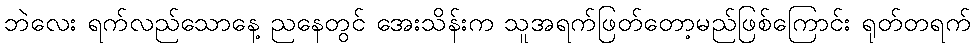
ဘဲလေး ရက်လည်သောနေ့ ညနေတွင် အေးသိန်းက သူအရက်ဖြတ်တော့မည်ဖြစ်ကြောင်း ရုတ်တရက်